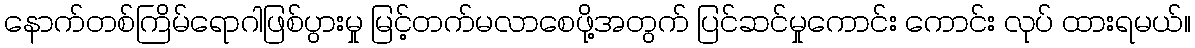
နောက်တစ်ကြိမ်ရောဂါဖြစ်ပွားမှု မြင့်တက်မလာစေဖို့အတွက် ပြင်ဆင်မှုကောင်း ကောင်း လုပ် ထားရမယ်။